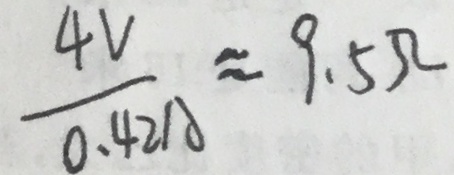
\frac { 4 V } { 0 . 4 2 A } \approx 9 . 5 \Omega